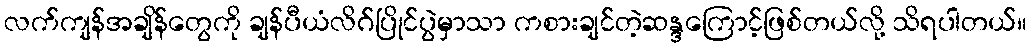
လက်ကျန်အချိန်တွေကို ချန်ပီယံလိဂ်ပြိုင်ပွဲမှာသာ ကစားချင်တဲ့ဆန္ဒကြောင့်ဖြစ်တယ်လို့ သိရပါတယ်။